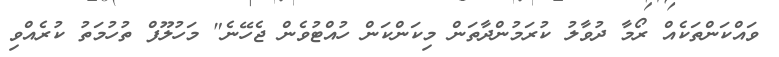
ވައްކަންތަކެއް ރޯމާ ދުވާލު ކުރަމުންދާތަން މިކަންކަން ހުއްޓުވެން ޖެހޭނެ" މަހުލޫފް ތުހުމަތު ކުރެއްވި